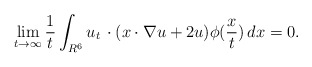
\begin{align*}\lim_{t\to\infty}\frac{1}{t}\int_{R^6}u_t\,\cdot (x\cdot\nabla u+2u)\phi(\frac{x}{t})\,dx=0.\end{align*}